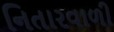
નિતારવાળી